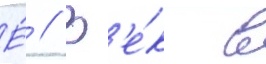
Е́ // В'е́к в